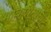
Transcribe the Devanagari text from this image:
भावगीतांची